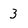
Character: 3